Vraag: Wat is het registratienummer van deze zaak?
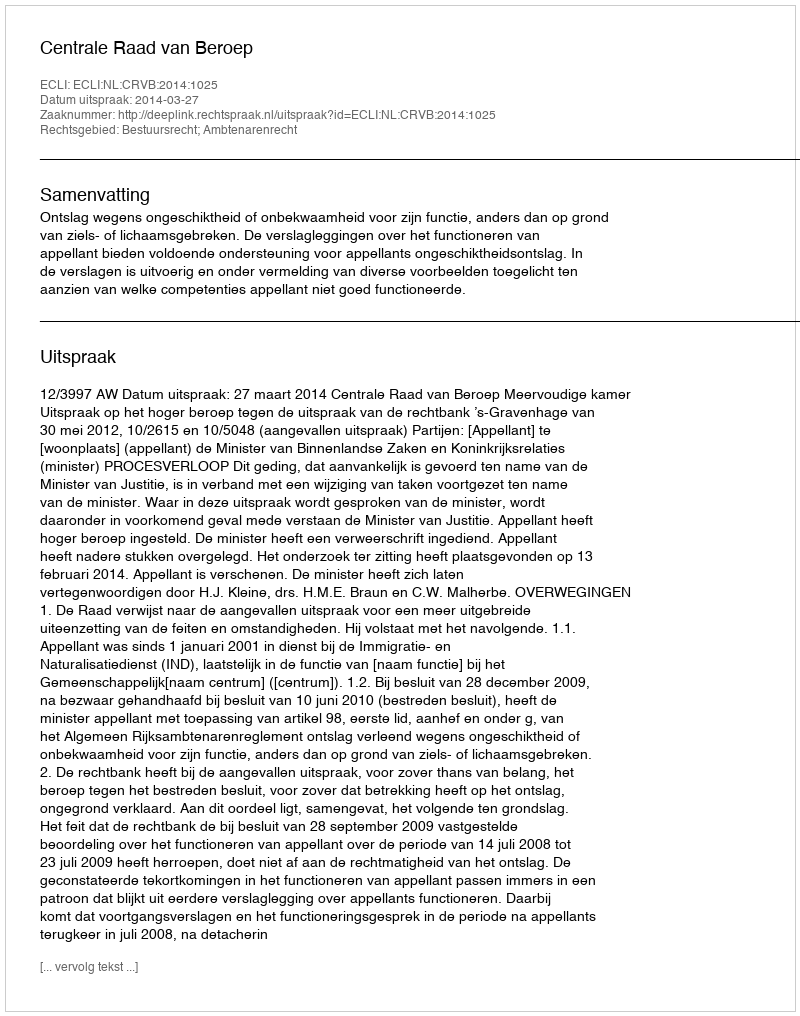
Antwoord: http://deeplink.rechtspraak.nl/uitspraak?id=ECLI:NL:CRVB:2014:1025